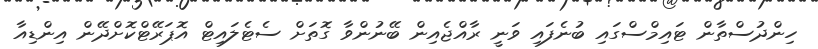
ހިންދުސްތާން ޓައިމްސްގައި ބުނެފައި ވަނީ ރާއްޖެއިން ބޭނުންވާ ގޮތަށް ސެޓެލައިޓް އޮޕަރޭޓްކޮށްދޭން އިންޑިއާ